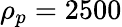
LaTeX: \rho_{p}=2500